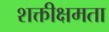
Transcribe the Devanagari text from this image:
शक्तीक्षमता